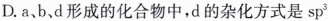
D.a、b、d形成的化合物中，d的杂化方式是sp^{3}